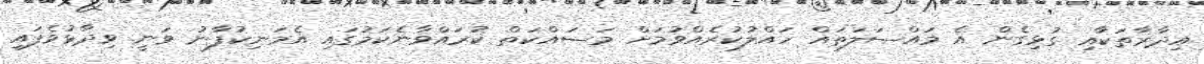
އިދާރާތަކާއި ގުޅިގެން އެ މައްސަލަތައް ހައްލުކުރެއްވުމަަށް މަސައްކަތް ކުރައްވާނެކަމުގައި އެމަނިކުފާނު ވަނީ ވިދާޅުވެފައި